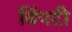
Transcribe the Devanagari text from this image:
बिंपटी